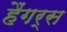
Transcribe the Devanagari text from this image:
हैंगर्स